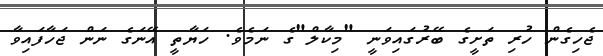
ޖެހިގެން ހުރި ތަށީގެ ބޭރުގައިވަނީ "މިކާލް"ގެ ނަމެވެ. ހަޔާތީ އޭނަގެ ނަން ޖަހާފައިވާ